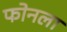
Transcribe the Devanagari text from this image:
फोनला